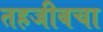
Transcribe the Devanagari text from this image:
तहजीबचा